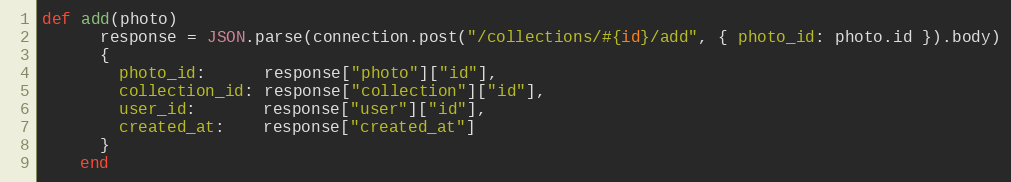
Language: Ruby
def add(photo)
      response = JSON.parse(connection.post("/collections/#{id}/add", { photo_id: photo.id }).body)
      {
        photo_id:      response["photo"]["id"],
        collection_id: response["collection"]["id"],
        user_id:       response["user"]["id"],
        created_at:    response["created_at"]
      }
    end